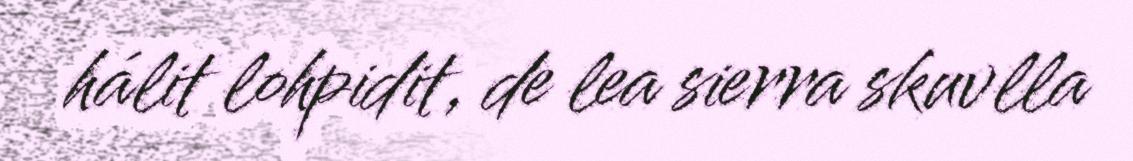
hálit lohpidit, de lea sierra skuvlla